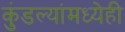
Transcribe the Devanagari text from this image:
कुंडल्यांमध्येही